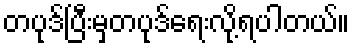
တပုဒ်ပြီးမှတပုဒ်ရေးလို့ရပါတယ်။